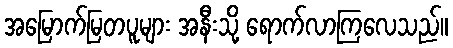
အမြောက်မြတပူများ အနီးသို့ ရောက်လာကြလေသည်။